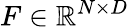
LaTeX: F\in\mathbb{R}^{N\times D}